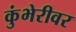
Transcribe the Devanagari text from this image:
कुंभेरीवर